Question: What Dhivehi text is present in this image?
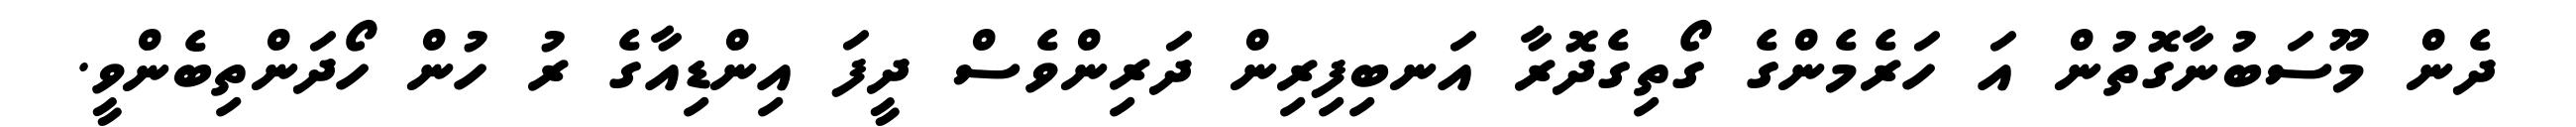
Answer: ދެން މޫސަބުނާގޮތުން އަ ހަރެމެންގެ ގޯތިގެދޮރާ އަނބިފިރިން ދަރިންވެސް ދީފަ އިންޑިއާގެ ރު ހުން ހޯދަންތިބެންވީ.